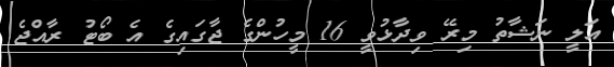
އަލީ ނަޝާތު މިރޭ ވިދާޅުވީ 16 މީހުންގެ ޖާގައިގެ އެ ބޯޓު ރާއްޖެ